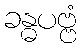
ခန္ဓပဗ္ဗံ